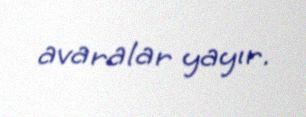
avaralar yayır.